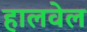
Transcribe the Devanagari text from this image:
हालवेल